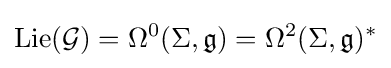
{\text{Lie}}({\mathcal {G}})=\Omega ^{0}(\Sigma ,{\mathfrak {g}})=\Omega ^{2}(\Sigma ,{\mathfrak {g}})^{*}